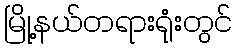
မြို့နယ်တရားရုံးတွင်